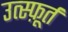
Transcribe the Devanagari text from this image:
उत्स्फ़ूर्त